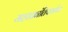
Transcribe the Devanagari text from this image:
महाक्रांतिपर्वाचा